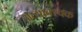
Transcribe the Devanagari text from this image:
अत्यावश्वक